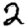
Digit: 2